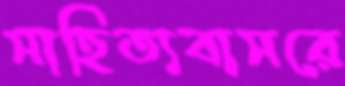
সাহিত্যবাসরে